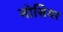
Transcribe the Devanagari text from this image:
नोसियर